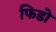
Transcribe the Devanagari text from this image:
फिडो